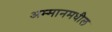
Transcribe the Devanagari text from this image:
अम्मानमधील